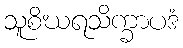
သူစိဃရသိက္ခာပဒံ